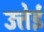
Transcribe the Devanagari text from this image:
उत्तेई